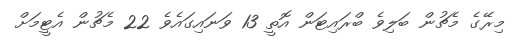
މިރޭގެ މެޗުން ބަލިވެ ބްރައިޓަން އޮތީ 13 ވަނައިގައެވެ 22 މެޗުން އެޓީމަށް